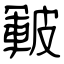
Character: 皸